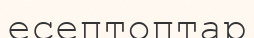
есептоптар